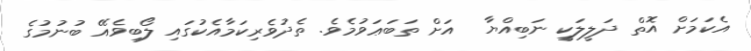
އެކަމަށް އޮތް ދަލީލަކީ ނަބިއްޔާ  އަށް ތަބަޢަވުމެވެ. ތެދުވެރިކަމާއެކުގައި ލޯބިވެއޭ ބުނުމުގެ